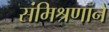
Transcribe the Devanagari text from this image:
संमिश्रणाने